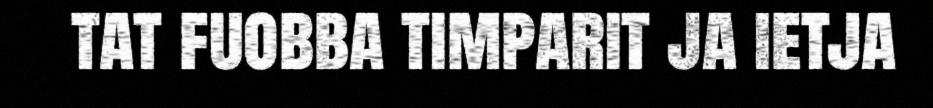
tat fuobba timparit ja ietja